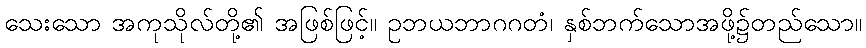
သေးသော အကုသိုလ်တို့၏ အဖြစ်ဖြင့်။ ဥဘယဘာဂဂတံ၊ နှစ်ဘက်သောအဖို့၌တည်သော။